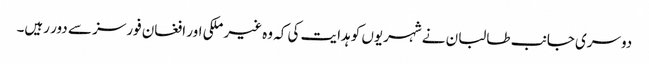
دوسری جانب طالبان نے شہریوں کو ہدایت کی کہ وہ غیر ملکی اور افغان فورسز سے دور رہیں۔